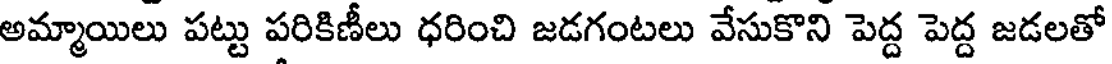
అమ్మాయిలు పట్టు పరికిణీలు ధరించి జడగంటలు వేసుకొని పెద్ద పెద్ద జడలతో